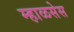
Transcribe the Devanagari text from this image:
म्हाळसेस